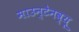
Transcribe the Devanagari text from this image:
माउन्टेनव्यू